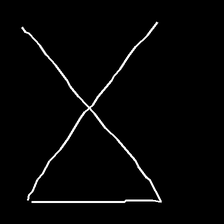
Glyph: collection